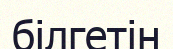
білгетін